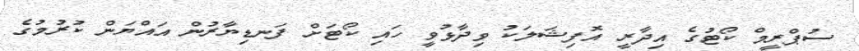
ސުޕްރީމް ކޯޓުގެ އިދާރީ އޮފިޝަލަކު ވިދާޅުވީ ހައި ކޯޓަށް ފަނޑިޔާރުން އައްޔަން ކުރުމުގެ